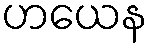
ဟယေန